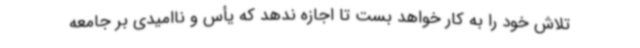
تلاش خود را به کار خواهد بست تا اجازه ندهد که یأس و ناامیدی بر جامعه